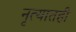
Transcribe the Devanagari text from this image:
नृत्यातही